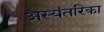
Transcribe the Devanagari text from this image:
अस्यंतरिका